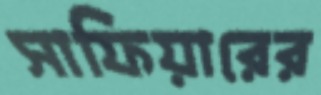
সাফিয়ারের